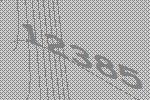
12385